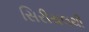
સિરીયલથી